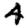
Digit: 4